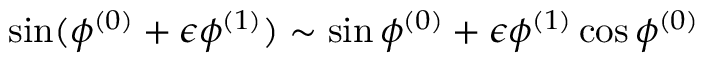
\sin ( \phi ^ { ( 0 ) } + \epsilon \phi ^ { ( 1 ) } ) \sim \sin \phi ^ { ( 0 ) } + \epsilon \phi ^ { ( 1 ) } \cos \phi ^ { ( 0 ) }